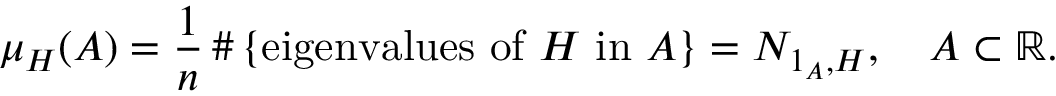
\mu _ { H } ( A ) = { \frac { 1 } { n } } \, \# \left\{ { \mathrm { e i g e n v a l u e s ~ o f ~ } } H { \mathrm { ~ i n ~ } } A \right\} = N _ { 1 _ { A } , H } , \quad A \subset \mathbb { R } .